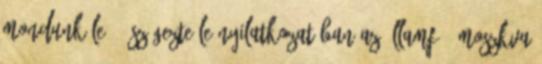
mondunk le" - szögezte le nyilatkozatában az államfő. Moszkva